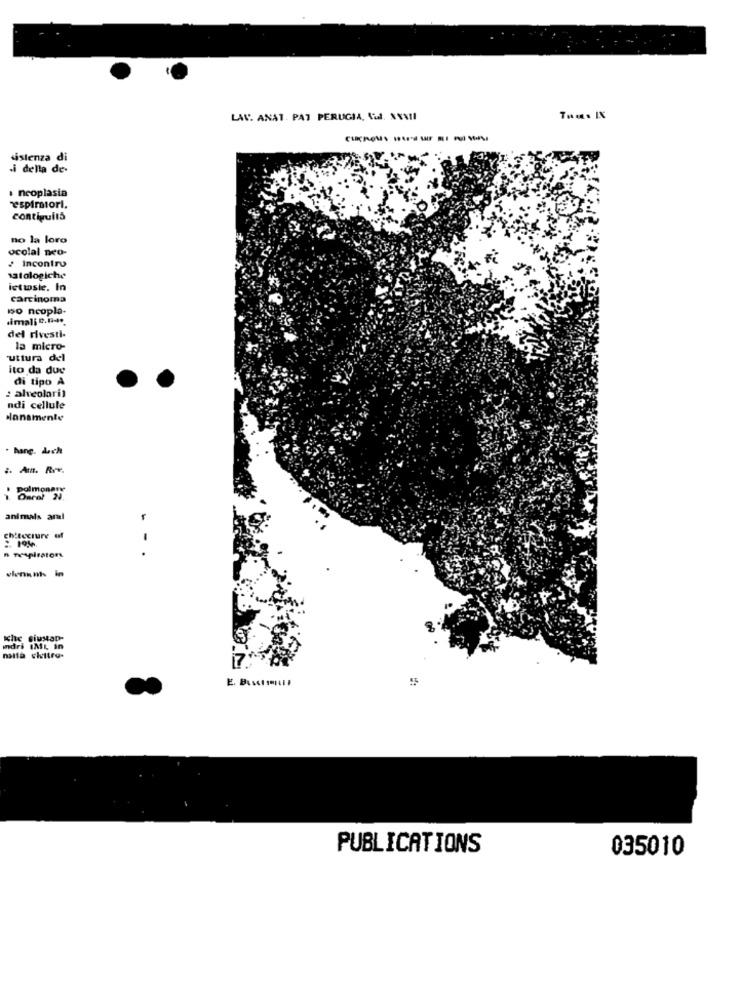
LAV ANAT. PAT PERUGIA, Sul. \\\11
«istenza di
.i della de-
· neoplasia
respiratori.
contigull5
no la loro
ocolal neo-
¿ incontro
satologiche
ictwsie. In
carcinoma
so neopla-
.imali .nao
del rivesti-
la micro-
"uttura del
ito da due
di tipo A
2 alveolari)
ndi cellule
dansmente
. hang. Lach
;. Am. Rev.
polmonewy
animals aral
chitecture of
2. 19%
vieni nhs in
Iche siustap-
indri IML in
malta chitro-
PUBLICATIONS
035010